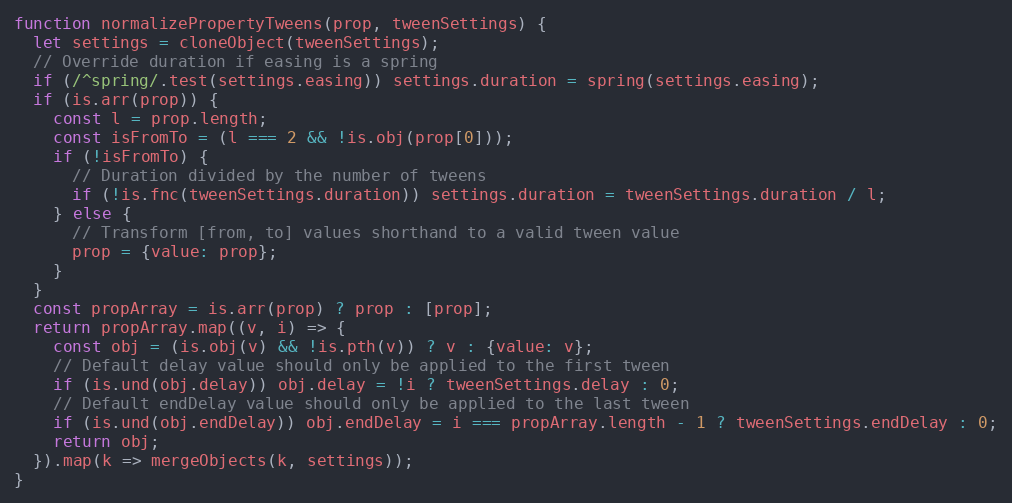
Language: JavaScript
function normalizePropertyTweens(prop, tweenSettings) {
  let settings = cloneObject(tweenSettings);
  // Override duration if easing is a spring
  if (/^spring/.test(settings.easing)) settings.duration = spring(settings.easing);
  if (is.arr(prop)) {
    const l = prop.length;
    const isFromTo = (l === 2 && !is.obj(prop[0]));
    if (!isFromTo) {
      // Duration divided by the number of tweens
      if (!is.fnc(tweenSettings.duration)) settings.duration = tweenSettings.duration / l;
    } else {
      // Transform [from, to] values shorthand to a valid tween value
      prop = {value: prop};
    }
  }
  const propArray = is.arr(prop) ? prop : [prop];
  return propArray.map((v, i) => {
    const obj = (is.obj(v) && !is.pth(v)) ? v : {value: v};
    // Default delay value should only be applied to the first tween
    if (is.und(obj.delay)) obj.delay = !i ? tweenSettings.delay : 0;
    // Default endDelay value should only be applied to the last tween
    if (is.und(obj.endDelay)) obj.endDelay = i === propArray.length - 1 ? tweenSettings.endDelay : 0;
    return obj;
  }).map(k => mergeObjects(k, settings));
}